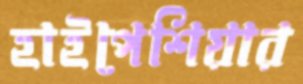
হাইপেশিয়ার